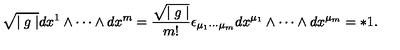
\sqrt { \mid g \mid } d x ^ { 1 } \wedge \cdots \wedge d x ^ { m } = \frac { \sqrt { \mid g \mid } } { m ! } \epsilon _ { \mu _ { 1 } \cdots \mu _ { m } } d x ^ { \mu _ { 1 } } \wedge \cdots \wedge d x ^ { \mu _ { m } } = * 1 .